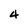
Character: 4